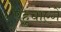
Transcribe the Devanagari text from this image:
पहुंचाएंगें